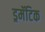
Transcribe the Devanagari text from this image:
ड्रमॅटिक